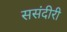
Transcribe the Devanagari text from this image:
ससंदीरी